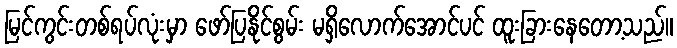
မြင်ကွင်းတစ်ရပ်လုံးမှာ ဖော်ပြနိုင်စွမ်း မရှိလောက်အောင်ပင် ထူးခြားနေတော့သည်။